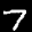
Label: 7